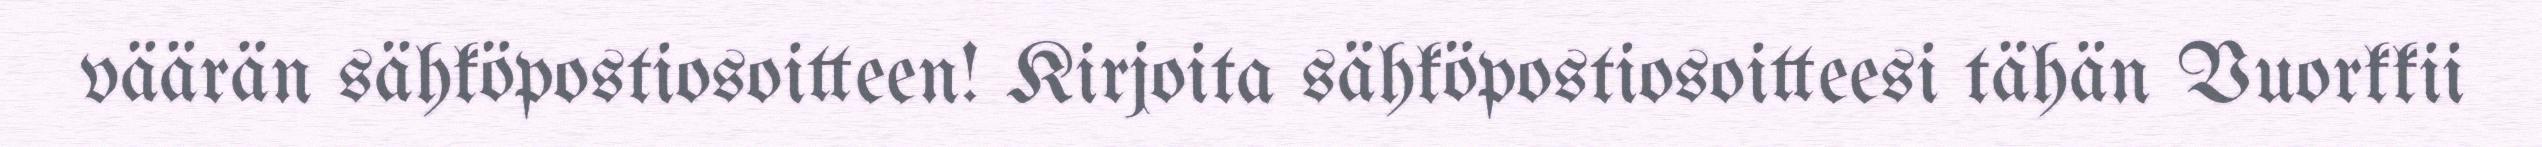
väärän sähköpostiosoitteen! Kirjoita sähköpostiosoitteesi tähän Vuorkkii